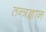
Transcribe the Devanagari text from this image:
तन्त्रज्ञान